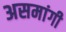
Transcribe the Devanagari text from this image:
असमांगी